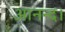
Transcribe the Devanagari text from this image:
आनन्द।